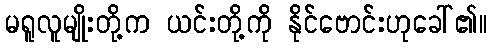
မရူလူမျိုးတို့က ယင်းတို့ကို နိုင်ဗောင်းဟုခေါ်၏။